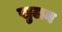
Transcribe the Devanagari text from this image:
खुलन